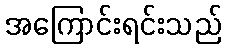
အကြောင်းရင်းသည်